Vaccination in the Punjab 1883-1896 - 1883-1896
Year: 1883
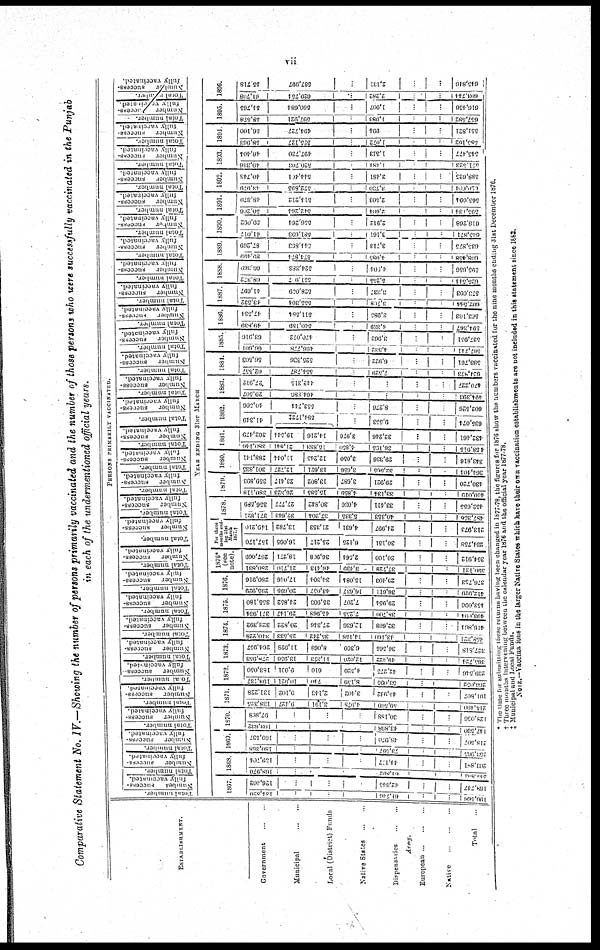
vii
Comparative Statement No. IV.—Showing the number of persons primarily vaccinated and the number of those persons who were successfully vaccinated in the Punjab
in each of the undermentioned official years.
ESTABLISHMENT.
Government
Municipal
Loral (District) Funds
Native States
Dispensaries ..
Army.
European ... ...
Native .. .. ..
Total
PERSONS PRIMARLY VACCINATED.
Total number.
Number
success-
fully vaccinated.
Total
number.
Number
success-
fully
vaccinated.
Total number.
Number
success-
fully
vaccinated.
Total number.
Number
success-
fully
vaccinated.
Total number.
Number
success-
fully
vaccinated.
Total number.
Number
success-
fully
vaccinated.
Total number.
Number
success-
fully vaccinated.
Total number
Number
success-
fully vaccinated.
Total number.
Number
success-
fully
vaccinated.
Total number.
Number
success-
fully
vaccinated.
Total number.
Number
success-
fully
vaccinated.
Total number.
Number
success-
fully vaccinated.
Total number.
Number
success-
fully
vaccinated.
Total number.
Number
success-
fully vaccinated.
Total number.
Number
success-
fully
vaccinated.
Total number.
Number
success-
fully vaccinated.
Total number.
Number
success-
fully
vaccinated.
Total
number.
Number
success-
fully vaccinated.
Total number.
Number
success-
fully
vaccinated.
Total number.
Number
success-
fully
vaccinated.
Total number.
Number
success-
fully
vaccinated.
Total number.
Number
success-
fully
vaccinated.
Total number.
Number
success-
fully
vaccinated.
Total number.
Number
success-
fully
vaccinated.
Total number.
Number
success-
fully
vaccinated.
Total number
Number
success-
fully
vaccinated.
Total number
Number
success-
fully
vaccinated.
Total number.
Number
success-
fully
vaccinated.
Total number.
Number
success-
fully
vaccinated.
Total number.
Number
success-
fully
vaccinated.
Total
number.
Number
success-
fully
vaccinated.
YEAR ENDING 31ST MARCH
1867.
184,820,
61,716
.
186,368
126,162
42,313
.
..
168,747
1868
168,970
61,892
.
28,862
139,701
14,177
.
263,881
1869.
180,868
78,097
.
218,965
169,537
48,970
.
218,307
1870.
103,682
43,898
.
117,330
97,868
30,188
.
128,036
1871.
138,325
9,127
3,191
1,978
59,569
215,490
131,228
9,102
2,148
3,102
48,932
191,807
1872.
193,287
10,921
7,49
8,159
33,093
266,032
183,050
9,001
610
4,520
12,275
239,346
1873.
278,953
13,956
11,878
12,020
49,422
36,721
261,957
11,928
8,068
6,300
36,565
327,818
1874.
810,228
25,599
35,242
14,138
48,160
438,321
323,392
20,822
27,346
12,636
32,668
416,864
1875.
371,914
29,117
43,968
7,235
38,700
493,604
355,180
21,852
35,903
7,207
29,951
453,096
1876.
295,920
20,695
43,037
16,637
36,611
412,929
280,910
17,016
31,304
15,081
29,103
376,753
1876*
(see
note).
280,831
21,710
46,418
3,139
37,728
396,121
267,069
18,271
30,968
2,561
30,100
354,912
For three
months end-
ing 31st
March
1877 †
157,170
18,095
25,217
6,125
30,151
231,758
119,210
13,782
21,353
4,631
21,997
213,973
1878.
371,821
32,613
37,204
5,335
40,353
487,356 ,
336,589
27,777
30,842
4,036
33,111
452,055
1879.
380,118
26,323
15,585
4,859
38,134
480,019
350,893
23,417
13,802
3,687
29,921
..
130,720
1880.
301,833
12,727
13,621
3,656
32,665
.
361,101
288,111
11,011
12,245
3,050
29,336
...
343,816
1881.
380,146
21,811
15,883
4,850
36,195
.
458,915
362,479
19,511
14,216
3,976
32,210
...
432,461
1882.
41,319
584,172‡
.
9,353
...
633,071
40,506
553,711
.
8,276
.
602,526
1883.
29,507
464,886
.
..
.
194,393
27,912
112,315
.
.
.
470,227
1884.
62,557
554,787
.
7,329
.
624,873
56,503
525,336
.
6,922
.
588,761
1885.
66,601
196,778
.
4,332
567,711
63,916
470,072
..
3,963
537,951
1886.
49,839
510,189
.
4,339
591,367
17,531
511,581
.
3,985
563,103
1887.
43,532
555,301
.
3,768
602,644
11,697
628,059
.
3,337
573,093
1888.
68,872
551.97
.
5,233
625,511
66,369
324,383
.
4,903
395,656
1889.
89,109
571,574
.
1,083
608,458
87,269
541,893
.
3,713
633,875
1890.
61,017
581,698
.
3,161
613,871
59,092
536,264
.
2,912
618,268
1891.
50,266
512,261
.
2,604
595,134
18,379
514,212
.
2,303
565,094
1892.
18,979
572,895
.
3,730
626,664
40,713
544,461
.
3,481
588,623
1893.
49,336
520,708
.
1,481
371,323
46,401
497,780
.
1,343
515,477
1894.
58,968
523,127
.
1,072
583,162
56,100
491,727
.
994
...
351,821
1895.
58,578
597,921
.
1,083
..
637,382
51,765
560,684
.
1,007
..
.
616,136
1896.
61,708
629,751
.
2,282
.
693,711
55,718
587,997
.
2,131
.
..
643,846
* The time for submtting these returns having been changed in 1877-78, the figures for 1876 show the numbers vaccinated, for the nine months ending 31st December 1876,
† Three months intevening between the calendar year 1876 and the official year 1877-78.
‡ Municipal and Local Funds.
NOTE.—Vaccinations in the larger Native States which have their own vaccination establishments are not included in this statement since 1882.